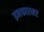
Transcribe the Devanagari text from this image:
इनफारमर